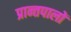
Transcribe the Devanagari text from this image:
प्रान्तपालों